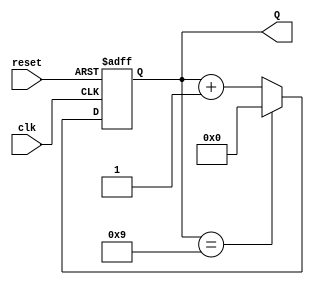
module DecadeCounter (
    input wire clk,       // Clock input
    input wire reset,     // Asynchronous reset input
    output reg [3:0] Q    // 4-bit output representing the current count value
);

    // Always block for synchronous behavior on clock edges and reset
    always @(posedge clk or posedge reset) begin
        if (reset) begin
            // Asynchronous reset
            Q <= 4'b0000;  // Reset count to 0
        end else begin
            // Increment the counter if reset is low
            if (Q == 4'b1001) begin
                Q <= 4'b0000;  // Reset to 0 when count reaches 9
            end else begin
                Q <= Q + 1;     // Increment count
            end
        end
    end
endmodule